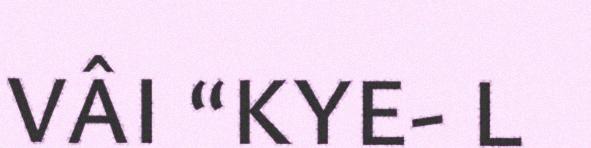
VÂI “KYE- L